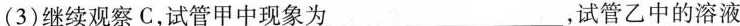
(3)继续观察C，试管甲中现象为___，试管乙中的溶液